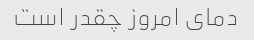
دمای امروز چقدر است